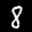
Label: 8